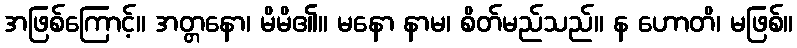
အဖြစ်ကြောင့်။ အတ္တနော၊ မိမိ၏။ မနော နာမ၊ စိတ်မည်သည်။ န ဟောတိ၊ မဖြစ်။